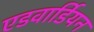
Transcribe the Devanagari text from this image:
एडवार्डियन